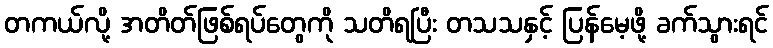
တကယ်လို့ အတိတ်ဖြစ်ရပ်တွေကို သတိရပြီး တသသနှင့် ပြန်မေ့ဖို့ ခက်သွားရင်